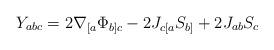
LaTeX: \begin{align*}Y_{abc}=2\nabla_{[a}\Phi_{b]c}-2J_{c[a}S_{b]}+2J_{ab}S_c\end{align*}